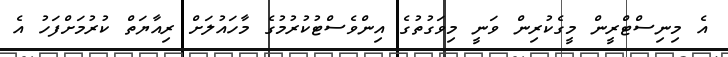
އެ މިނިސްޓްރީން މީގެކުރިން ވަނީ މިވަގުތުގެ އިންވެސްޓުކުރުމުގެ މާހައުލަށް ރިއާޔަތް ކުރުމަށްފަހު އެ